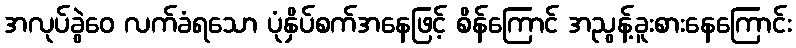
အလုပ်ခွဲဝေ လက်ခံရသော ပုံနှိပ်စက်အနေဖြင့် စိန်ကြောင် အညွန့်ခူးစားနေကြောင်း